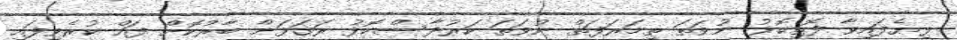
ލިޔެފައިވާ ފޮތިކޮޅު ނުވަތަ ތިމަރަފަތް ނުވަތަ ކަރުދާސްކޮޅު ރަގަޅަށް ބާރުކޮށް ފައް ކުރެވިފައި